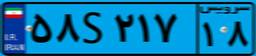
۵۴S۴۳۳۰۰